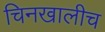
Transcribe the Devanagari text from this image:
चिनखालीच